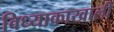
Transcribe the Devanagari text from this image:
विध्याकाखाली